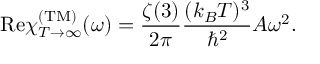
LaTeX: \mathrm { R e } \chi _ { T \rightarrow \infty } ^ { \mathrm { ( T M ) } } ( \omega ) = { \frac { \zeta ( 3 ) } { 2 \pi } } { \frac { ( k _ { B } T ) ^ { 3 } } { \hbar ^ { 2 } } } A \omega ^ { 2 } .